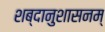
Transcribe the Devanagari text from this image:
शब्दानुशासनम्